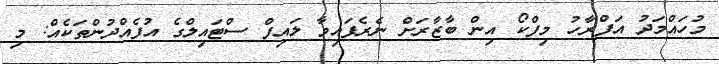
މުހައްމަދު އަފްރާހު މިފްކޯ އިން ބާޒާރަށް ނެރެފައިވާ ލައިފް ސްޓައިލްގެ އުފެއްދުންތަކެއް: މި